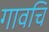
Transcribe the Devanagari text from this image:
गावचि